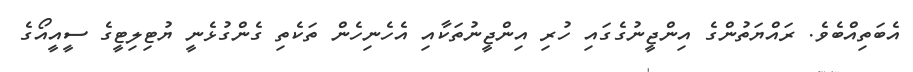
އެބަތިއްބެވެ. ރައްޔަތުންގެ އިންޖީނުގެގައި ހުރި އިންޖީނުތަކާއި އެހެނިހެން ތަކެތި ގެންގުޅެނީ ޔުޓިލިޓީގެ ސީއީއޯގެ